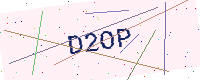
Text: D2OP